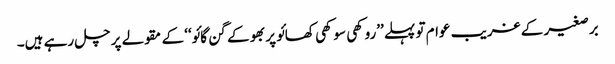
برصغیر کے غریب عوام تو پہلے ’’روکھی سوکھی کھائو پربھو کے گن گائو‘‘ کے مقولے پر چل رہے ہیں۔